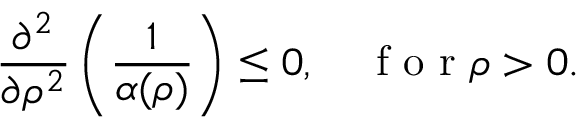
\frac { \partial ^ { 2 } } { \partial \rho ^ { 2 } } \left( \frac { 1 } { \alpha ( \rho ) } \right) \leq 0 , \quad \mathrm { ~ f ~ o ~ r ~ } \rho > 0 .